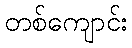
တစ်ကျောင်း